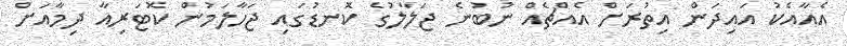
އެއާއެކު އައިދަން އިތުރަށް އެއްޗެއް ނުބުނެ ޖަލާލުގެ ކޮނޑުގައި ޖަހާލަމުން ކޮޓަރިއާ ދިމާއަށް